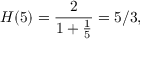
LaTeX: H ( 5 ) = { \frac { 2 } { 1 + { \frac { 1 } { 5 } } } } = 5 / 3 ,